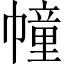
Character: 幢